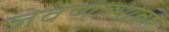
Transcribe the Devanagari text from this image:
जेवणासोबत